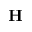
\mathbf { H }